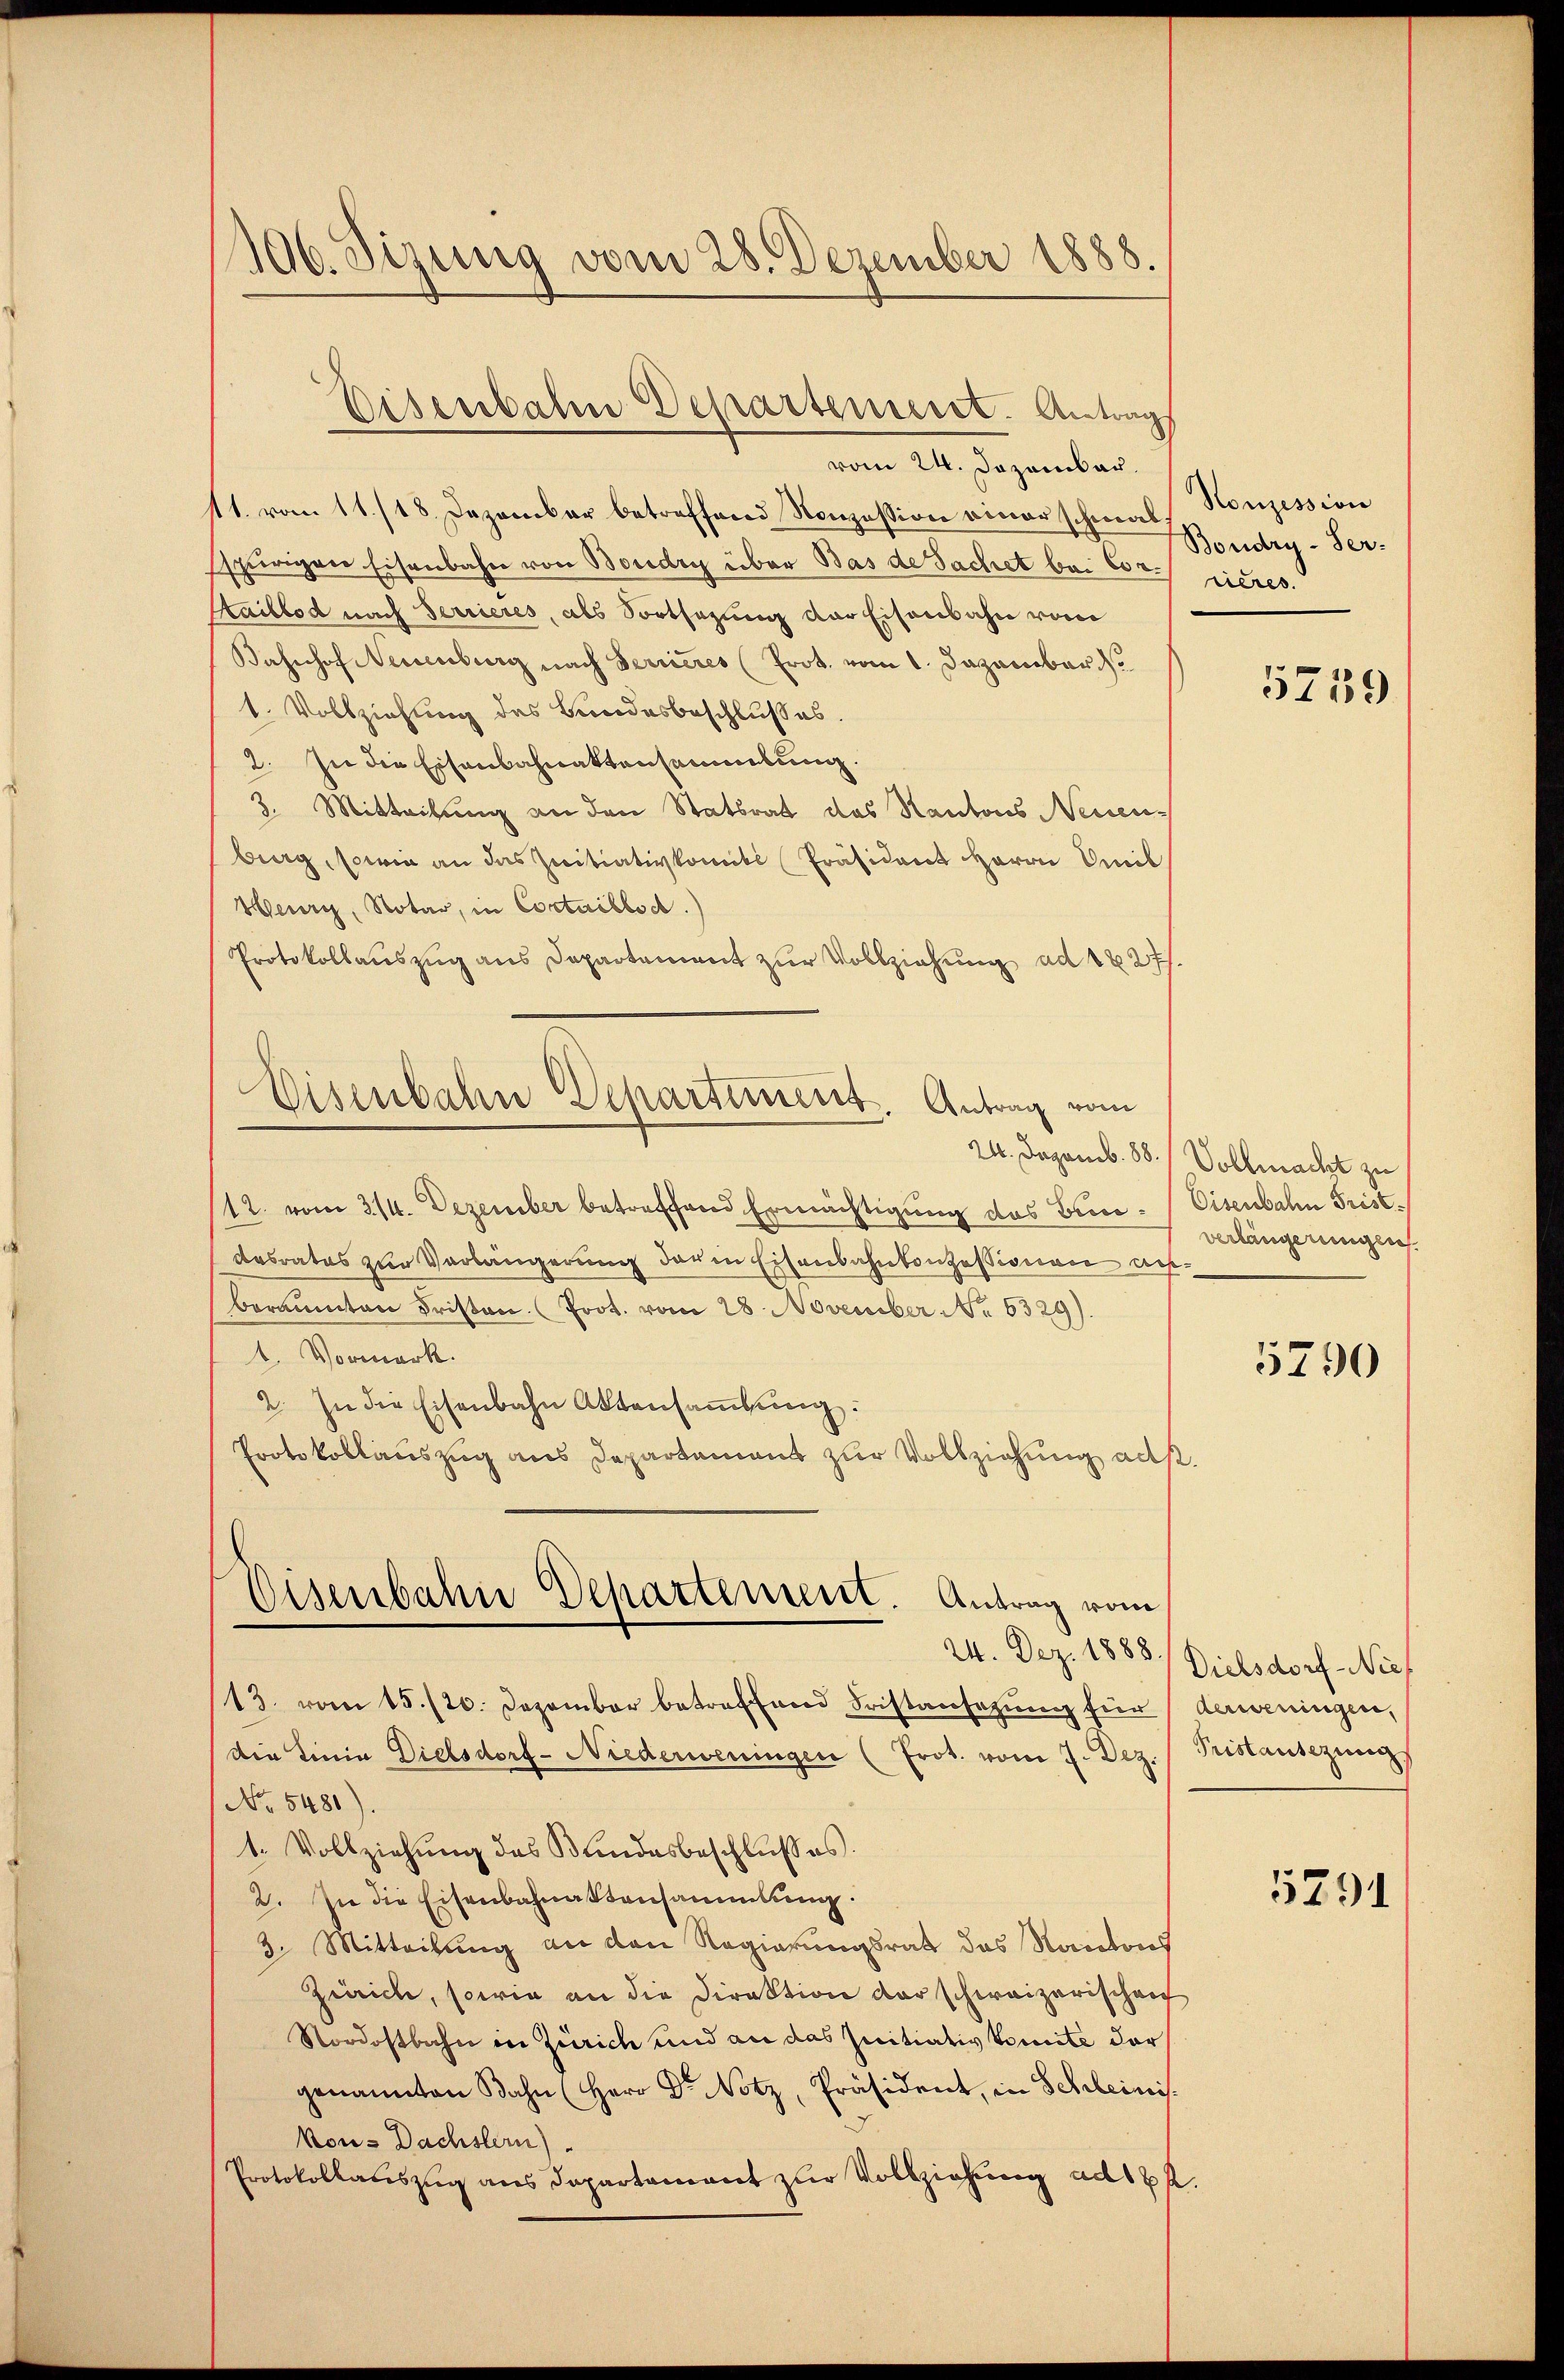
106. Sizung vom 28. Dezember 1888.

Eisenbahn Departement. Antrags

11. vom 11./18. Dezember betreffend Konzession einer schmal
spurigen Eisenbahn von Boudry über Bas de Sachet bei Corrieres.
Kaillod nach Terrieres, als Fortsezung der Eisenbahn vom
Bahnhof Neuenburg nach Terrieres (Prot. vom 1. Dezember
1. Vollziehung des Bundesbeschlußes.
2. In die Eisenbahnattensammlung.
3. Mitteilung an den Statsrat das Kantons Neuen-
berg, sowie an das Initiativkomite Präsident Herrn Amil
Weury, Notar, in Cortaillosd.)
Protokollauszug aus Departement zur Vollziehung ad 1827.
12. vom 314. Dezember betreffend Ermächtigung des Bundesrates zur Verlängerung der in Eisenbahnkonzessionen dies
beraumten Fristen (Prot. vom 28. November No 6329).
1. Normark.
2. In die Eisenbahn Aktensammlung:
Protokollauszug aus Departement zur Vollziehung ad s
Eisenbahn Departement. Antrag vom
24. Dez. 1888
13. vom 15./20. Dezember betreffend Fristansazung für
die Linia Dielsdorf-Niederweningen (Prot. vom 7. Dez.
No. 5481).
1. Vollziehung des Bundesbeschlußes.
2. In die Eisenbahnaktensammlung.
3. Mitteilung an den Regierungsrath das Kantons
Zürich, sowie an die Direktion der schweizerischen
Nordostbahn in Zürich und an das Initiativkomite der
genannten Bahn (Herr Dr Notz, Präsident, in Schleinis
kons Dachstern)
Protokollauszug aus Departament zur Vollziehung ad 16

Disenbahn Departiment. Antrag vom

vom 24. Dezember.

Konzession
Boudry-Ser-

24. Dezemb. 88. / Vollmacht zu

.

5739

Eisenbahn Frist.
verlängerungen.

5790

Dielsdorf -Niederweningen,
Fistantezung

5291